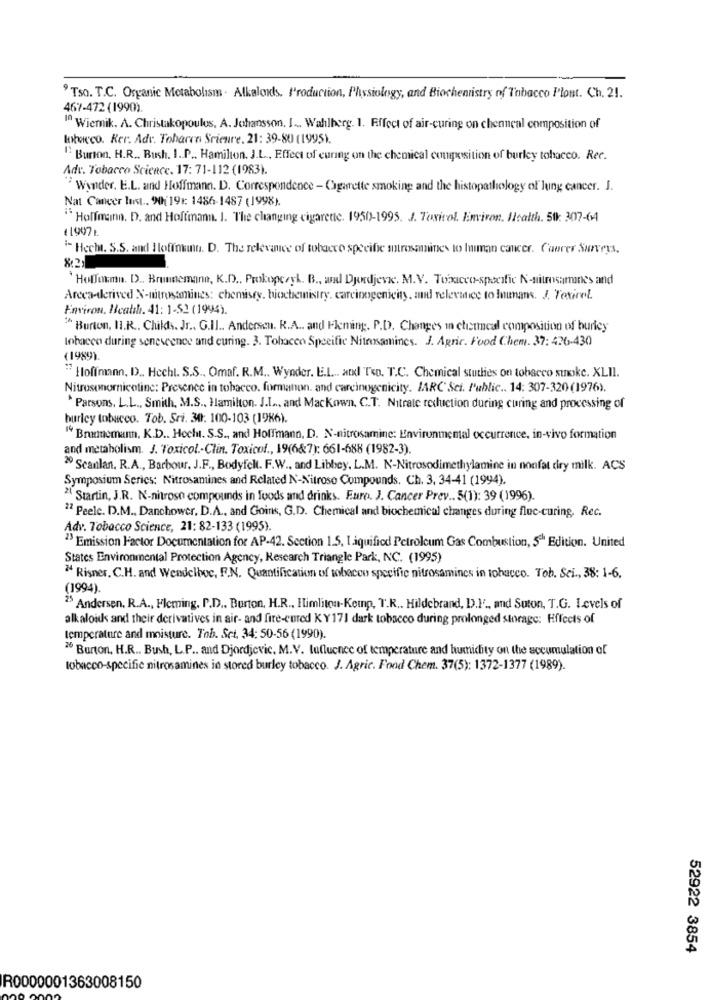
9 Tso. T.C. Organic Metabolism . Alkaloids. I'roduction, Physiology, and Biochemistry of Tobacco Plont. Ch. 21.
467-472 (1990).
1 Wierik. A. Christakopoulos, A. Johansson. I ... Wahlberg. 1. Effect of air-curing on chenneal composition of
khacco. Ker. Adr. Tobarra Srieure. 21: 39-80 (1995).
"Burson, H.R .. Bush. I. P .. Hamilton. J.L ., Effect of curing on the chemical conexsition of burley tobacco. Ree.
Adv. Tobacco Science. 17: 71-112 (1983).
Wonder. E.L. and Hoffmann. D. Correspondence - Cigarette smoking and the histopathology of lung cancer. J.
Nat Cancer lost .. 90(19 :: 1486-1487 (1998).
"Hoffmann. D. and Hoffmann. I. The changing cigarette. 1950-1995. J. Toxicol. Environ. Health. 51k 307-64
(1947
' Hecht. S.S. and Hoffmann. D. The relevance of tobacco specifie strosamines to human cancer. Caerer Surveys.
`Hofforma. D ., Brunnemann, K.D ., Prokopcryl. B ., wal Djordjevic. M.V. Tobacco-specific N-nitrosamines and
Areca-derived N-nitrosamings: chemisty, biochemistry. carcinogenicity, and relevance to Inuns. J. Toxicol
Environ. Health. 41: 1-52 (1994).
"Burton, II.R ., Chills. Jr .. G.Il .. Andersen. R.A .. and Fleming. P.D. Changes in cticumcal composition of burley
tobacco during senescence and curing. 3. Tobacco Specific Niteexamines. J. Agrir. Food Chem. 37: 426-430
(1989)
" Hoffmann, D ., Hechl. S.S ., Omaf. R.M ., Wynder. E.L ... and Ten. T.C. Chemical stuthies on tobacco stoke. XLII.
Nitrosomornicotine: Presence in tobacco. formanon. and carcinogenicity. IARC Sci. Public .. 14: 307-320(1976).
* Parsons, L.L ., Smith, M.S ., Hamilton. J.L ... and Mackown, C.T. Nitrate reduction during curing and processing of
buricy tobacco. Tob. Sri. 34. 100-103 (1986).
" Brunnemann, K.D .. Hecht. S.S ., and Hoffmann, D. N-nitrosaminc: Environmental occurrence, in-vivo formation
and metabolism. J. Toxicol .- Clin. Toxicof ., 19(6&7): 661-688 (1982-3).
" Scanlan, R.A ., Barbour. J.F ., Bodyfelt. F.W ., and Libbey, L.M. N-Nitrosodimethylamine in nonfat diry milk. ACS
Symposium Series: Nitrosantines and Related N-Nitroso Compounds. Ch. 3. 34-41 (1994).
24 Startin, J.R. N-nitroso compounds in foods and drinks. Euro. J. Cancer Prev .. 5(1): 39 (1996).
27 Peelc. D.M ., Danchower, D.A ., and Goins, G.D. Chemical and biochemical changes during fluc-curing, Rec.
Adv. Tobacco Science, 21: 82-133 (1995).
"> Emission Factor Documentation for AP-42. Section 1.5, 1.aquified Petroleum Gas Combustion, 5th Edition. United
States Environmental Protection Agency, Research Triangle Park, NC. (1995)
" Risner, C.H. and Wendelboe, F.N. Quantification of tobacco specific nitrosamincs in tobacco. Tob. Sei ., 38: 1-6,
(1994).
25 Andersen, R.A ., Fleming, P.D ., Burton, H.R ., Himliton-Koup, T.R .. Hildebrand, D.F' ., and Suton, T.G. Levels of
alkaloids and their derivatives in air- and fire-cured KY 171 dark tobacco during prolonged storage: Effects of
temperature and moisture. Tob. Sci. 34: 50-56 (1990).
2 Burton, H.R .. Bush, L.P .. and Djordjevic. M.V. tufluence of temperature and humidity on the accumulation of
tobacco-specific nitrosamines in stored burley tobacco. J. Agrie. Food Chem. 37(5): 1372-1377 (1989).
52922 3854
R0000001363008150